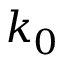
k _ { 0 }